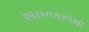
શાસનકાળથી